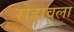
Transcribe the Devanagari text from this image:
रोडावला